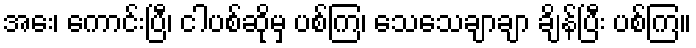
အေး၊ ကောင်းပြီ၊ ငါပစ်ဆိုမှ ပစ်ကြ၊ သေသေချာချာ ချိန်ပြီး ပစ်ကြ။